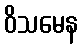
ဝိသမေန